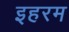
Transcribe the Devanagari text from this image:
इहरम